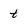
Character: t